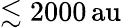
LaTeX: \lesssim 2000{\mathrm{\, au}}